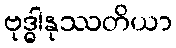
ဗုဒ္ဓါနုဿတိယာ